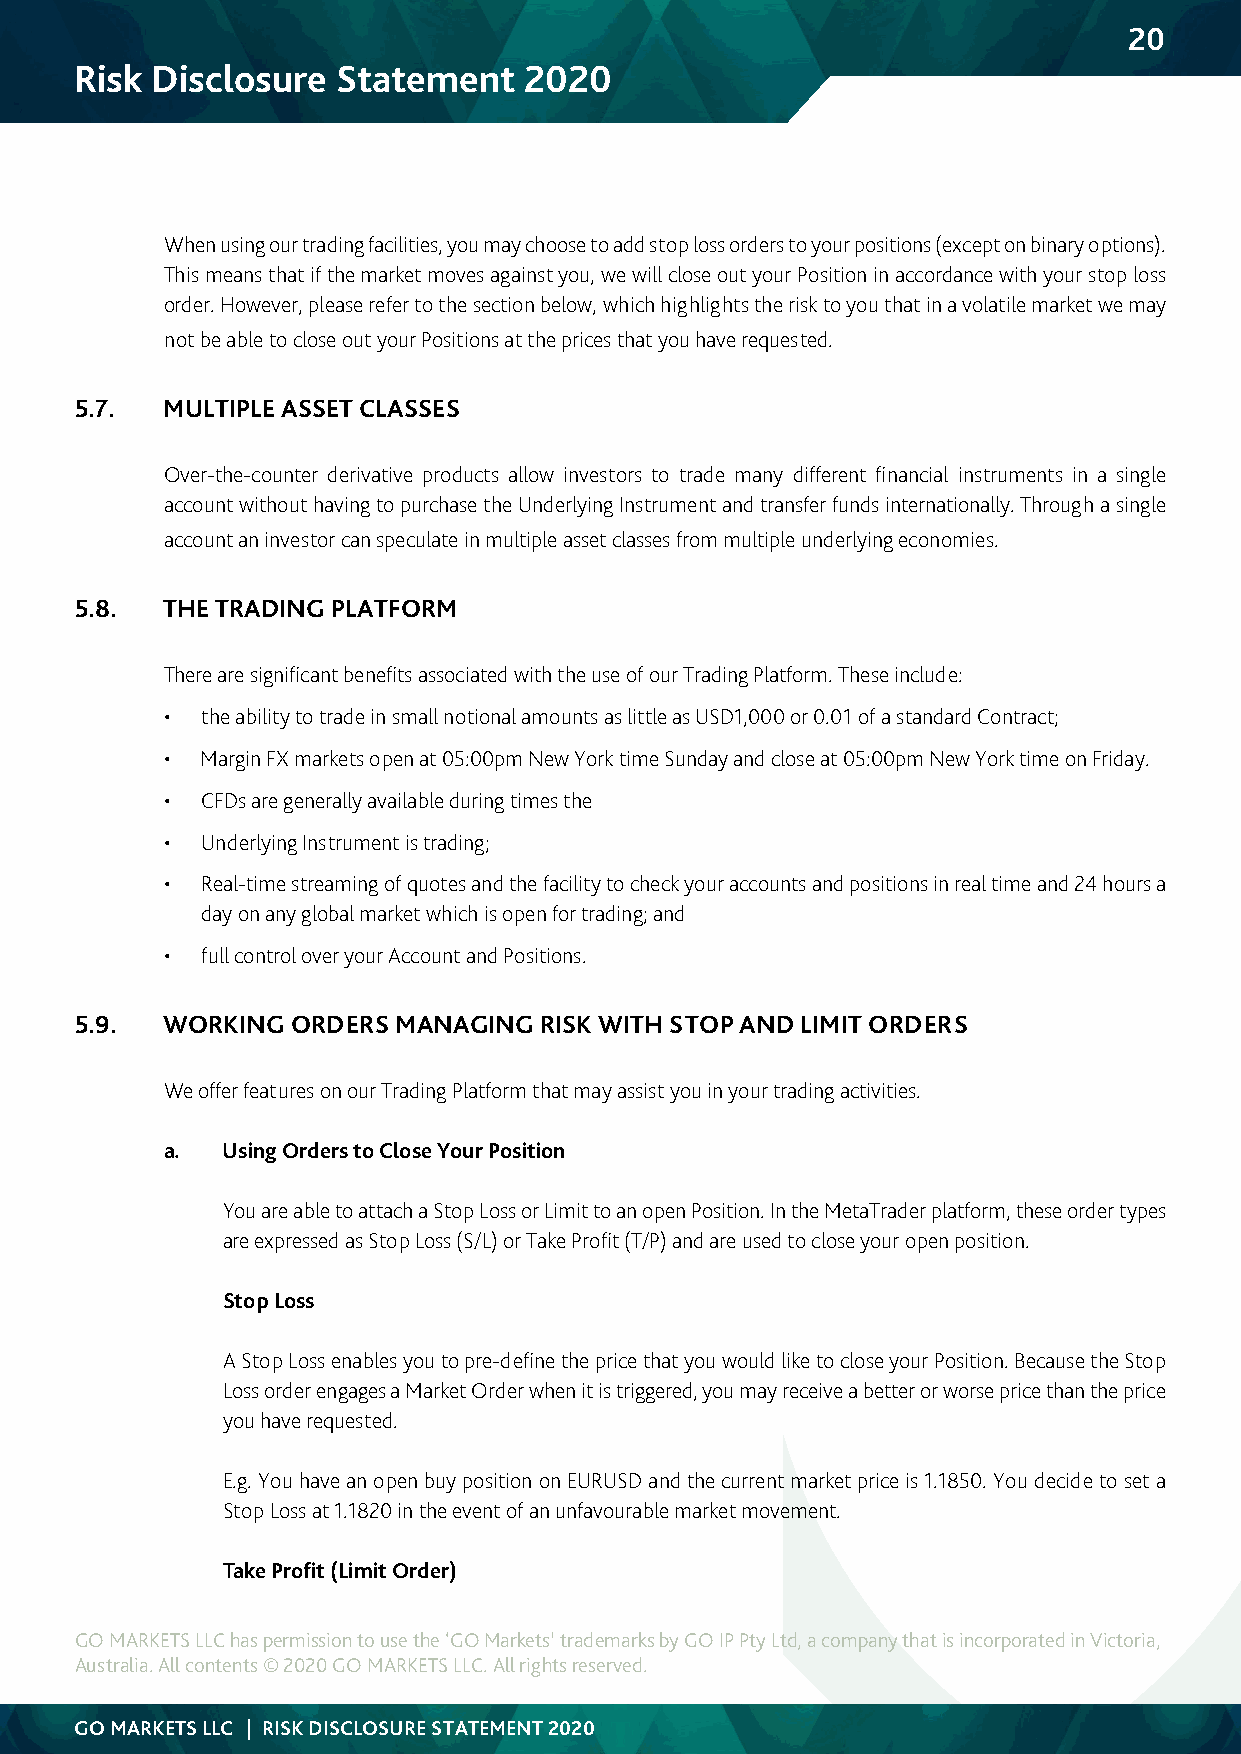
20
 Risk Disclosure  Statement    2020
 When using our trading facilities, you may choose to add stop loss orders to your positions (except on binary options).
 This means that if the market moves against you, we will close out your Position in accordance with your stop loss
 order. However, please refer to the section below, which highlights the risk to you that in a volatile market we may
 not be able to close out your Positions at the prices that you have requested.
 5.7.  MULTIPLE ASSET CLASSES
 Over-the-counter derivative products allow investors to trade many different financial instruments in a single
 account without having to purchase the Underlying Instrument and transfer funds internationally. Through a single
 account an investor can speculate in multiple asset classes from multiple underlying economies.
 5.8.  THE TRADING PLATFORM
 There are significant benefits associated with the use of our Trading Platform. These include:
 • the ability to trade in small notional amounts as little as USD1,000 or 0.01 of a standard Contract;
 • Margin FX markets open at 05:00pm New York time Sunday and close at 05:00pm New York time on Friday.
 • CFDs are generally available during times the
 • Underlying Instrument is trading;
 • Real-time streaming of quotes and the facility to check your accounts and positions in real time and 24 hours a
 day on any global market which is open for trading; and
 • full control over your Account and Positions.
 5.9.  WORKING ORDERS MANAGING  RISK WITH STOP AND LIMIT ORDERS
 We offer features on our Trading Platform that may assist you in your trading activities.
 a.  Using Orders to Close Your Position
 You are able to attach a Stop Loss or Limit to an open Position. In the MetaTrader platform, these order types
 are expressed as Stop Loss (S/L) or Take Profit (T/P) and are used to close your open position.
 Stop Loss
 A Stop Loss enables you to pre-define the price that you would like to close your Position. Because the Stop
 Loss order engages a Market Order when it is triggered, you may receive a better or worse price than the price
 you have requested.
 E.g. You have an open buy position on EURUSD and the current market price is 1.1850. You decide to set a
 Stop Loss at 1.1820 in the event of an unfavourable market movement.
 Take Profit (Limit Order)
 GO MARKETS LLC has permission to use the ‘GO Markets’ trademarks by GO IP Pty Ltd, a company that is incorporated in Victoria,
 Australia. All contents © 2020 GO MARKETS LLC. All rights reserved.
 GO MARKETS LLC | RISK DISCLOSURE STATEMENT 2020